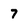
Character: 7